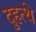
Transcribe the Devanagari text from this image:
दुहत्थे